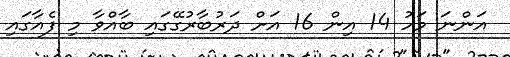
އަންނަ މަހު 14 އިން 16 އަށް ދަރުބާރުގޭގައި ބާއްވާ މި ފެއާގައި